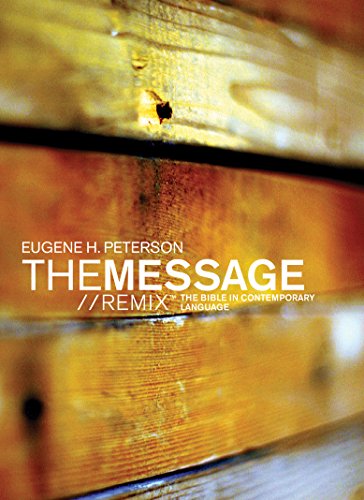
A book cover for The Message//REMIX Paperback Wood: The Bible in Contemporary Language; Christian Books & Bibles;